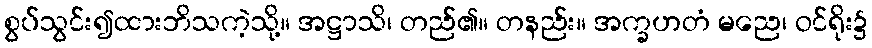
စွပ်သွင်း၍ထားဘိသကဲ့သို့။ အဋ္ဌာသိ၊ တည်၏။ တနည်း။ အက္ခဟတံ မညေ၊ ဝင်ရိုး၌